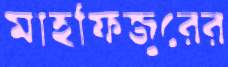
মাহফিজুরের